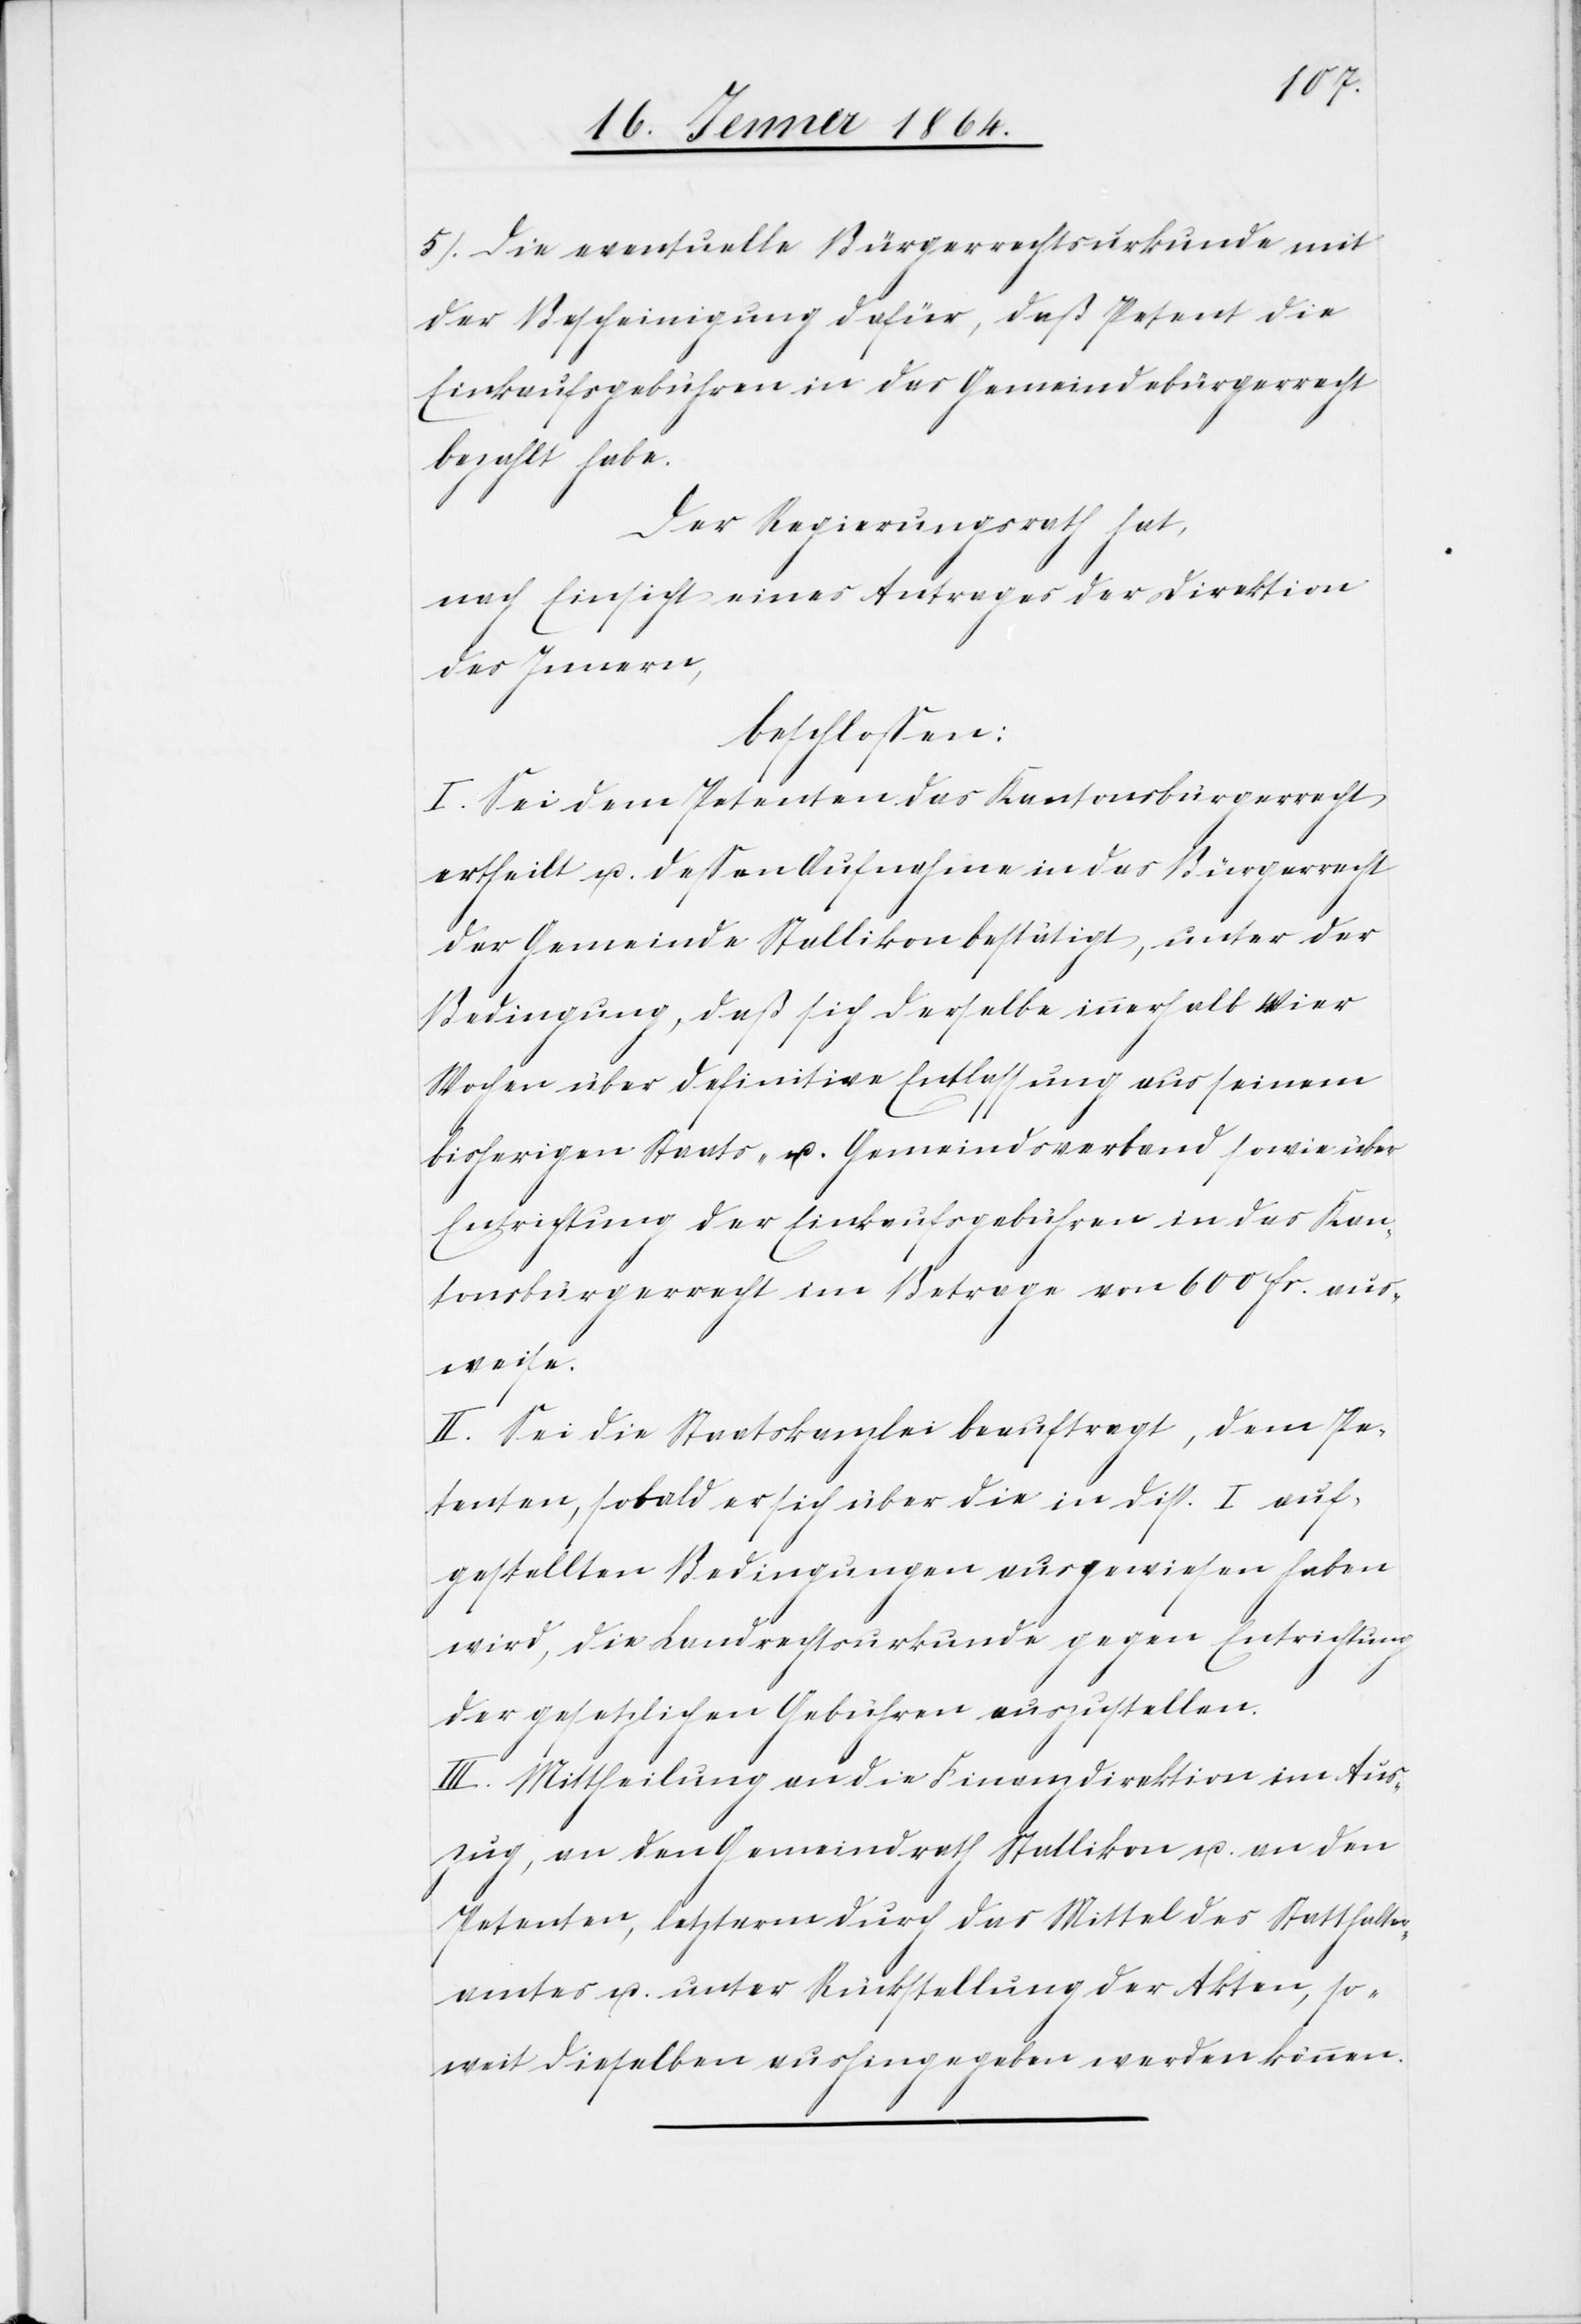
5.) die eventuelle Bürgerrechtsurkunde mit
der Bescheinigung dafür, daß Petent die
Einkaufsgebühren in das Gemeindebürgerrecht
bezahlt habe.
Der Regierungsrath hat,
nach Einsicht eines Antrages der Direktion
des Innern,
beschlossen:
I. Sei dem Petenten das Kantonsbürgerrecht
ertheilt u. dessen Aufnahme in das Bürgerrecht
der Gemeinde Stallikon bestätigt, unter der
Bedingung, daß sich derselbe innerhalb vier
Wochen über definitive Entlassung aus seinem
bisherigen Staats- u. Gemeindsverbund sowie über
Entrichtung der Einkaufsgebühren in das Kan¬
tonsbürgerrecht im Betrage von 600 fr. aus¬
weise.
II. Sei die Staatskanzlei beauftragt, dem Pe¬
tenten, sobald er sich über die in Disp. I auf¬
gestellten Bedingungen ausgewiesen haben
wird, die Landrechtsurkunde gegen Entrichtung
der gesetzlichen Gebühren auszustellen.
III. Mittheilung an die Finanzdirektion im Aus¬
zug, an den Gemeindrath Stallikon u. an den
Petenten, letzterm durch das Mittel des Statthalter¬
amtes u. unter Rückstellung der Akten, so¬
weit dieselben aushingegeben werden können.